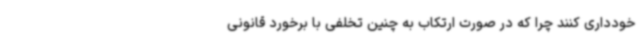
خودداری کنند چرا که در صورت ارتکاب به چنین تخلفی با برخورد قانونی